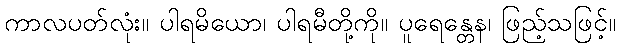
ကာလပတ်လုံး။ ပါရမိယော၊ ပါရမီတို့ကို။ ပူရေန္တေန၊ ဖြည့်သဖြင့်။